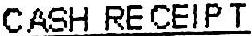
CASH RECEIPT